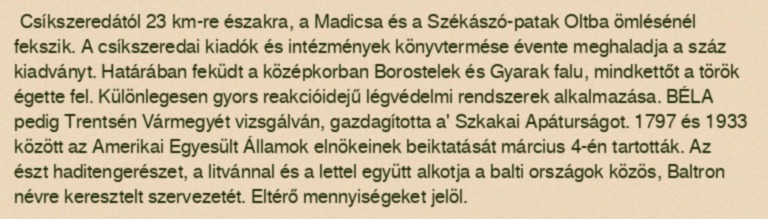
Csíkszeredától 23 km-re északra, a Madicsa és a Székászó-patak Oltba ömlésénél fekszik. A csíkszeredai kiadók és intézmények könyvtermése évente meghaladja a száz kiadványt. Határában feküdt a középkorban Borostelek és Gyarak falu, mindkettőt a török égette fel. Különlegesen gyors reakcióidejű légvédelmi rendszerek alkalmazása. BÉLA pedig Trentsén Vármegyét vizsgálván, gazdagította a' Szkakai Apáturságot. 1797 és 1933 között az Amerikai Egyesült Államok elnökeinek beiktatását március 4-én tartották. Az észt haditengerészet, a litvánnal és a lettel együtt alkotja a balti országok közös, Baltron névre keresztelt szervezetét. Eltérő mennyiségeket jelöl.